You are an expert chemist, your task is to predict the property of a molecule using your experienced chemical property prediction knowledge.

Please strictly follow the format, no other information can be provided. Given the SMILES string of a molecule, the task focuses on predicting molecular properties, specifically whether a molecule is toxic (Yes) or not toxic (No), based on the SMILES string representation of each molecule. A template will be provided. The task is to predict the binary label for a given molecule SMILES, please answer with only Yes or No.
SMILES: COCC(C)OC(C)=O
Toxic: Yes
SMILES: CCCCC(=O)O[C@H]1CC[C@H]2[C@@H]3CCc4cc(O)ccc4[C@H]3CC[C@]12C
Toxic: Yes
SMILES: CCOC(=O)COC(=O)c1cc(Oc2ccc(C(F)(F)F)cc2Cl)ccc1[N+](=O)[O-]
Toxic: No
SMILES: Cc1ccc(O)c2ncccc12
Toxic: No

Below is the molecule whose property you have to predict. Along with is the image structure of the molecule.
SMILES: CC[C@@]1(c2ccccc2)NC(=O)N(C)C1=O
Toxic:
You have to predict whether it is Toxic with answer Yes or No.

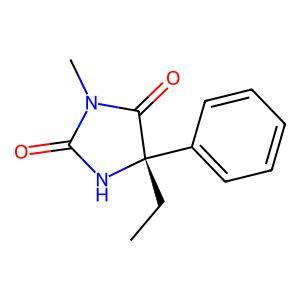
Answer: No